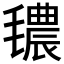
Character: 𱥧